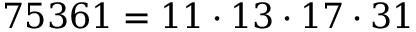
7 5 3 6 1 = 1 1 \cdot 1 3 \cdot 1 7 \cdot 3 1